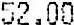
52.00